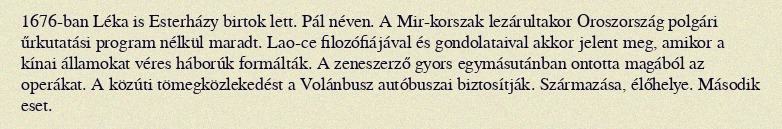
1676-ban Léka is Esterházy birtok lett. Pál néven. A Mir-korszak lezárultakor Oroszország polgári űrkutatási program nélkül maradt. Lao-ce filozófiájával és gondolataival akkor jelent meg, amikor a kínai államokat véres háborúk formálták. A zeneszerző gyors egymásutánban ontotta magából az operákat. A közúti tömegközlekedést a Volánbusz autóbuszai biztosítják. Származása, élőhelye. Második eset.